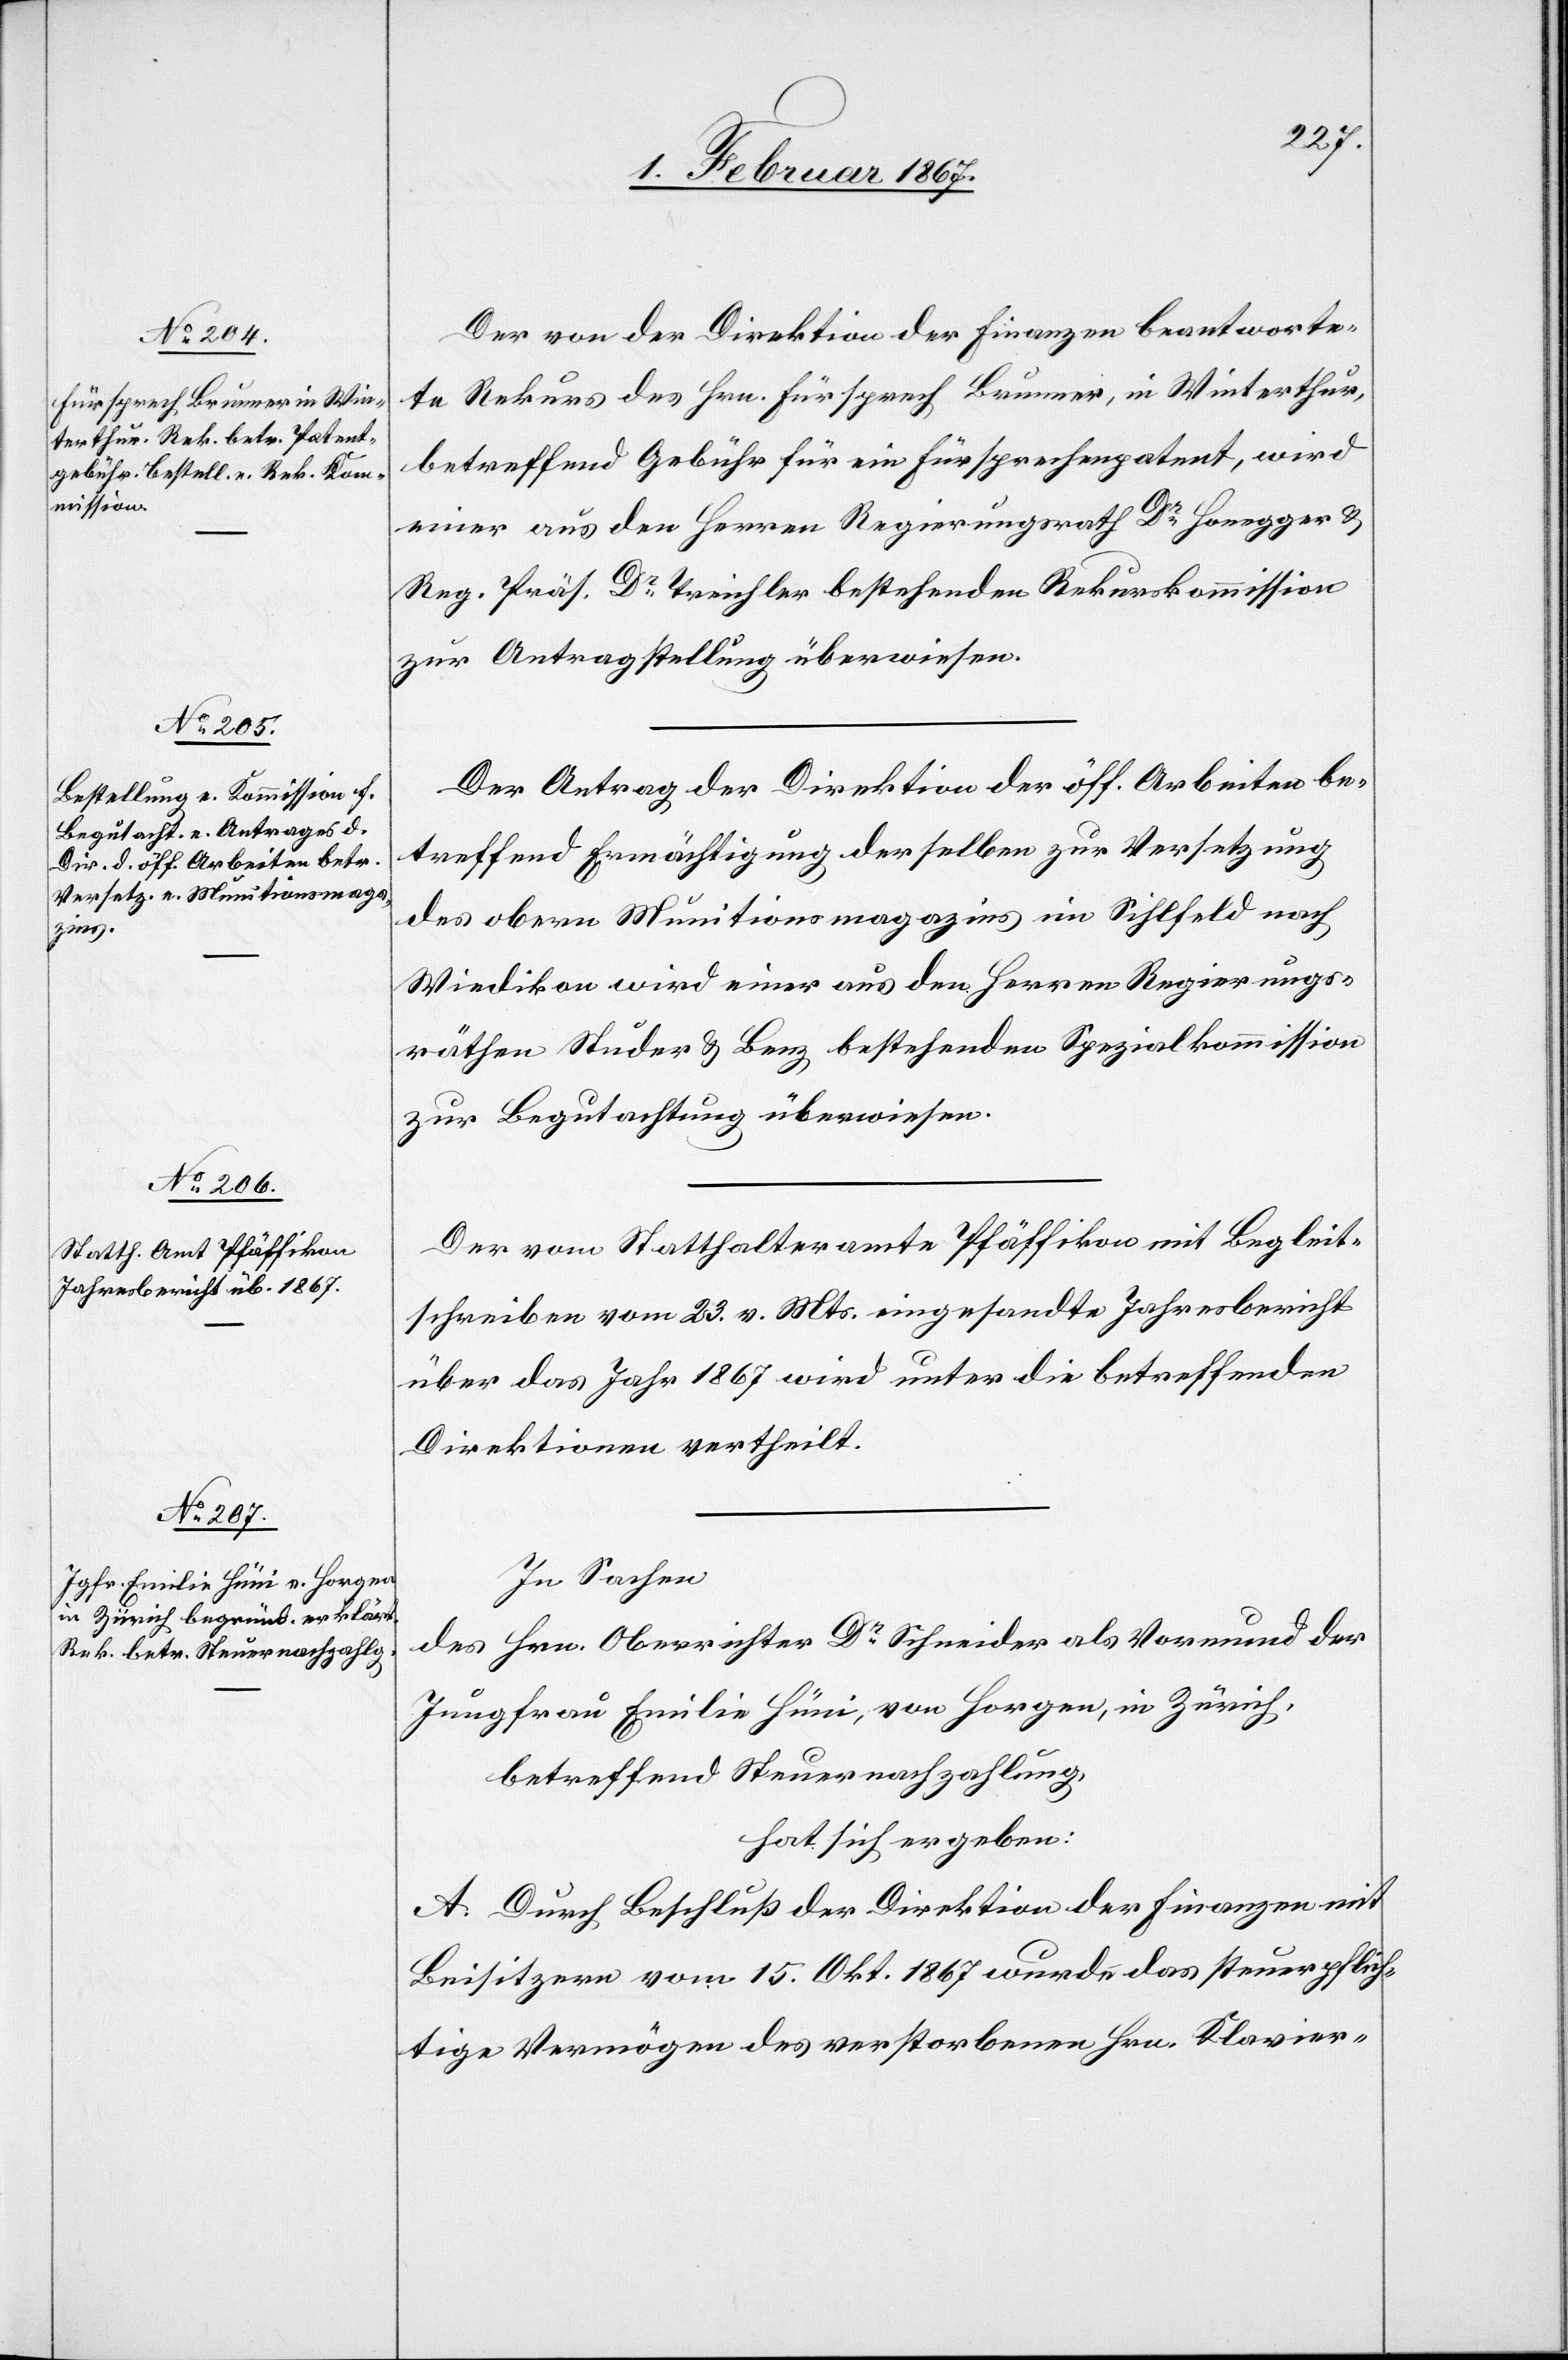
Der von der Direktion der Finanzen beantworte¬
te Rekurs des Hrn. Fürsprech Brunner, in Winterthur,
betreffend Gebühr für ein Fürsprechenpatent, wird
einer aus den Herren Regierungsrath Dr. Honegger &
Reg. Präs. Dr. Treichler bestehenden Rekurskommission
zur Antragstellung überwiesen.
Der Antrag der Direktion der öff. Arbeiten be¬
treffend Ermächtigung derselben zur Versetzung
des obern Munitionsmagazins im Sihlfeld nach
Wiedikon wird einer aus den Herren Regierungs¬
räthen Studer & Benz bestehenden Spezialkommission
zur Begutachtung überwiesen.
Der vom Statthalteramte Pfäffikon mit Begleit¬
schreiben vom 23. v. Mts. eingesandte Jahresbericht
über das Jahr 1867 wird unter die betreffenden
Direktionen vertheilt.
In Sachen
des Hrn. Oberrichter Dr. Schneider als Vormund der
Jungfrau Emilie Hüni, von Horgen, in Zürich,
betreffend Steuernachzahlung,
hat sich ergeben:
A. Durch Beschluß der Direktion der Finanzen mit
Beisitzern vom 15. Okt. 1867 wurde das steuerpflich¬
tige Vermögen des verstorbenen Hrn. Klavier-